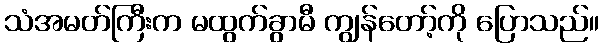
သံအမတ်ကြီးက မထွက်ခွာမီ ကျွန်တော့်ကို ပြောသည်။